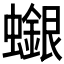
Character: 𧓪